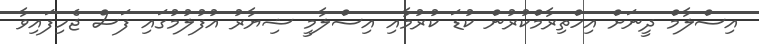
އިސްލާމް ދީނަށް އިހްތިރާމްކުރުން ކުޑަ ކުރުމާއި އިސްލާމީ ޝިޔާރު އުފުލުމުގައި ފަސް ޖެހިފައިވާ